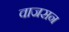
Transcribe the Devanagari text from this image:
वाजसन